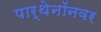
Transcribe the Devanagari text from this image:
पार्थेनॉनवर